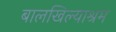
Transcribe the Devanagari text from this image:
बालखिल्याश्रम